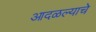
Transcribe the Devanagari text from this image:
आदळल्याचे